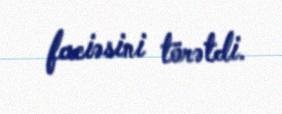
faciəsini törətdi.